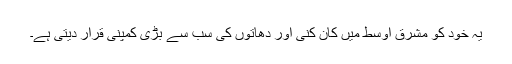
یہ خود کو مشرقِ اوسط میں کان کنی اور دھاتوں کی سب سے بڑی کمپنی قرار دیتی ہے۔